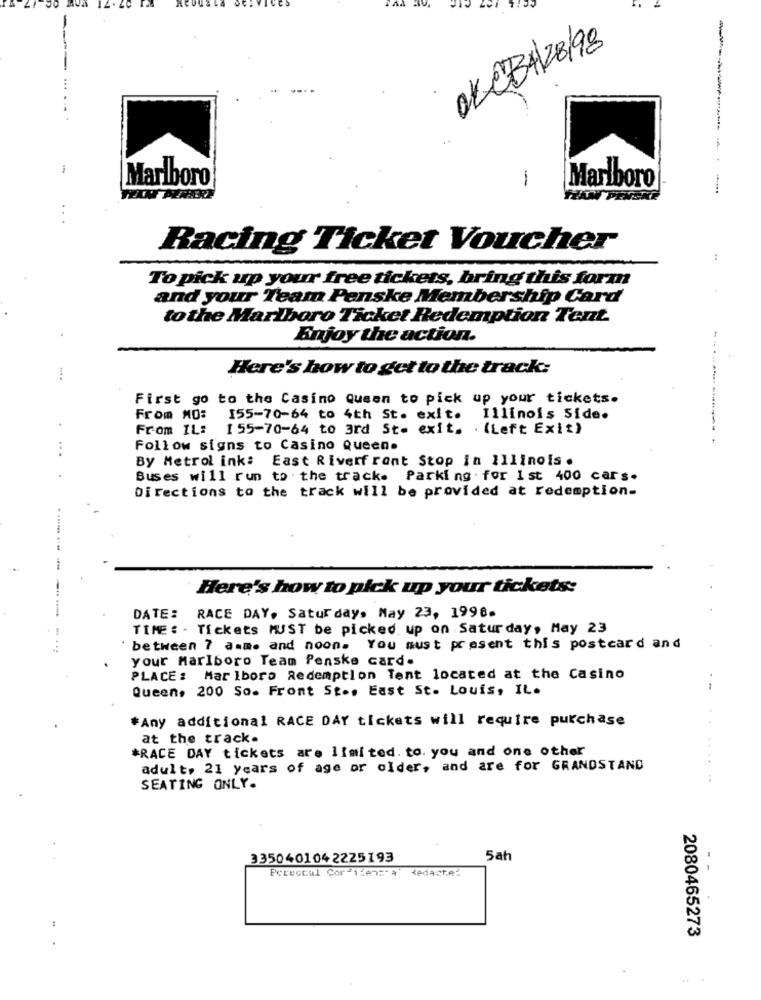
OK CB4/28/98
Marlboro
1
Marlboro
---------
Racing Ticket Voucher
:
To pick up your free tickets, bring this form
and your Team Penske Membership Card
to the Marlboro Ticket Redemption Tent.
Enjoy the action.
Here's how to get to the track:
First go to the Casino Queen to pick up your tickets.
From NO:
155-70-64 to 4th St. exit.
Illinois Side.
.
From IL:
1 55-70-64 to 3rd St. exit, . (Left Exit)
...
Follow signs to Casino Queen.
By Metrol ink: East Riverfront Stop in Illinois .
Buses will run to the track. Parking . for 1 st 400 cars.
Directions to the track will be provided at redemption-
Here's how to pick up your tickets:
DATE: RACE DAY. Saturday, May 23, 1998.
TIME : - Tickets MUST be picked up on Saturday, May 23
between 7 a.m. and noon. You must present this postcard and
your Marlboro Team Penske card.
PLACE: Marlboro Redemption Tent located at the Casino
Queen, 200 So. Front St ., East St. Louis, IL.
*Any additional RACE DAY tickets will require purchase
at the track.
*RACE DAY tickets are limited. to. you and one other
adult, 21 years of age or older, and are for GRANDSTAND
SEATING ONLY.
335040104 2225193
5ah
Pervocal Cor 1Een=" a
dedante:
2080465273